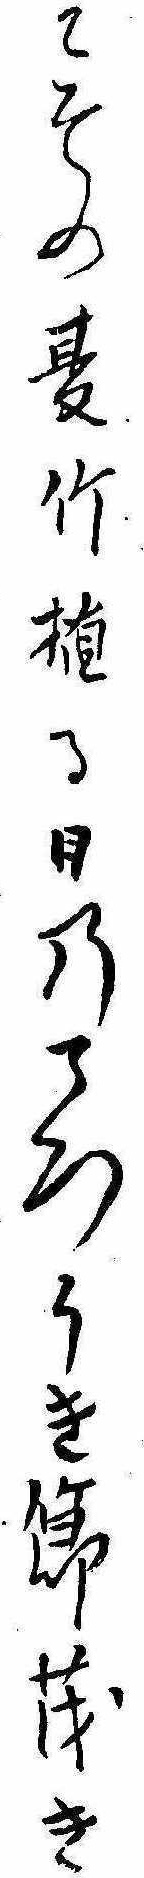
こその夏竹植る日のころうき節茂き